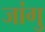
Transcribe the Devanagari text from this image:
जांगु